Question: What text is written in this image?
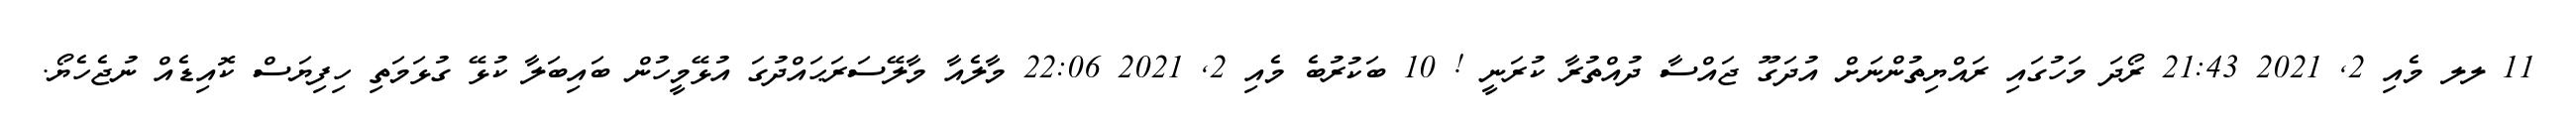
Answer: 11 ލލ މެއި 2, 2021 21:43 ރޯދަ މަހުގައި ރައްޔިތުންނަށް އުދަގޫ ޖައްސާ ދުއްތުރާ ކުރަނީ ! 10 ބަކުރުބެ މެއި 2, 2021 22:06 މާލެއާ މާލޭސަރަޙައްދުގަ އުޅޭމީހުން ބައިބަލާ ކުޅޭ ގުޅަމަތި ހިފިޔަސް ކޮއިޑެއް ނުޖެހެޔޯ.